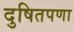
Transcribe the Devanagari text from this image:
दुषितपणा